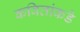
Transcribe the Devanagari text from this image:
कवितांकडे